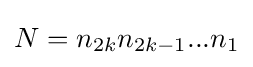
N={n_{2k}}{n_{2k-1}}...{n_{1}}